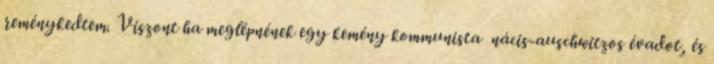
reménykedtem. Viszont ha meglépnének egy kemény kommunista nácis-auschwitzos évadot, és